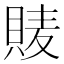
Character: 𧵷